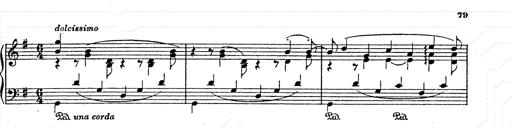
Title: AnnÃ©es de pÃ¨lerinage II
Composer: Franz Liszt